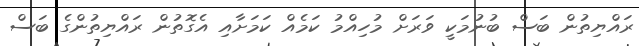
ރައްޔިތުން ބަސް ބުނުމަކީ ވަރަށް މުހިއްމު ކަމެއް ކަމަށާއި އެގޮތުން ރައްޔިތުންގެ ބަސް